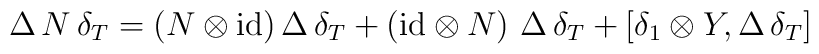
\Delta \, N \, \delta_T = (N \otimes {\rm id}) \, \Delta \, \delta_T + ({\rm id} \otimes N) \,\, \Delta \, \delta_T + [\delta_1 \otimes Y , \Delta \, \delta_T]